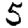
Digit: 5